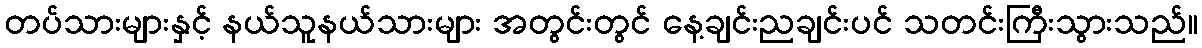
တပ်သားများနှင့် နယ်သူနယ်သားများ အတွင်းတွင် နေ့ချင်းညချင်းပင် သတင်းကြီးသွားသည်။